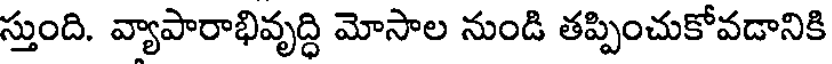
స్తుంది. వ్యాపారాభివృద్ధి మోసాల నుండి తప్పించుకోవడానికి